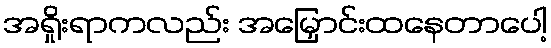
အရှိုးရာကလည်း အမြှောင်းထနေတာပေါ့